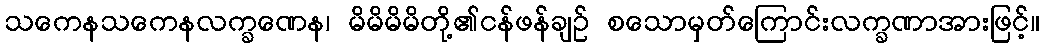
သကေနသကေနလက္ခဏေန၊ မိမိမိမိတို့၏ငန်ဖန်ချဉ် စသောမှတ်ကြောင်းလက္ခဏာအားဖြင့်။